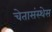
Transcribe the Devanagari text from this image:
चेतासंस्थेस